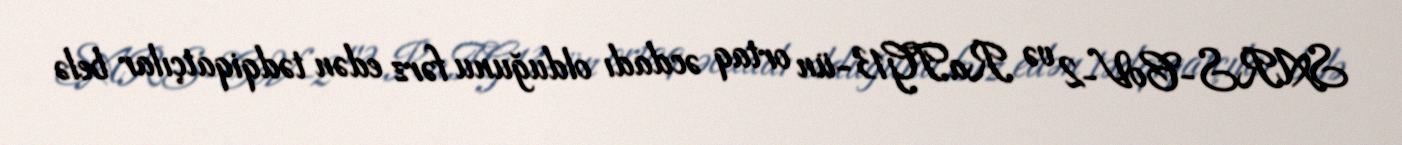
SARS-CoV-2 və RaTG13-ün ortaq əcdadı olduğunu fərz edən tədqiqatçılar belə